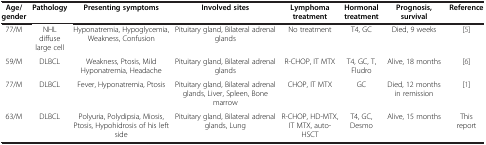
| Age/gender | Pathology | Presenting symptoms | Involved sites | Lymphoma treatment | Hormonal treatment | Prognosis, survival | Reference |
 | --- | --- | --- | --- | --- | --- | --- | --- |
 | 77/M | NHL diffuse large cell | Hyponatremia, Hypoglycemia, Weakness, Confusion | Pituitary gland, Bilateral adrenal glands | No treatment | T4, GC | Died, 9 weeks | [5] |
 | 59/M | DLBCL | Weakness, Ptosis, Mild Hyponatremia, Headache | Pituitary gland, Bilateral adrenal glands | R-CHOP, IT MTX | T4, GC, T, Fludro | Alive, 18 months | [6] |
 | 77/M | DLBCL | Fever, Hyponatremia, Ptosis | Pituitary gland, Bilateral adrenal glands, Liver, Spleen, Bone marrow | CHOP, IT MTX | GC | Died, 12 months in remission | [1] |
 | 63/M | DLBCL | Polyuria, Polydipsia, Miosis, Ptosis, Hypohidrosis of his left side | Pituitary gland, Bilateral adrenal glands, Lung | R-CHOP, HD-MTX, IT MTX, auto-HSCT | T4, GC, Desmo | Alive, 15 months | This report |